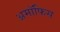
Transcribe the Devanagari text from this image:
अमॉफिस